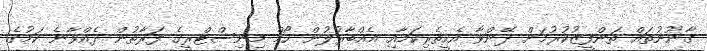
ގާނޫނުތައް ތަންފީޒުކުރުމަށް ދޭންވާ އެހީތެރިކަމާއި އެއްބާރުލުން ހޯމް މިނިސްޓްރީގެ ފަރާތުން ދެއްވާނެ ކަމުގެ